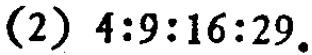
(2) \(4:9:16:29\)